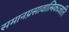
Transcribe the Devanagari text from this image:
समानप्रसावात्मिकाजाति